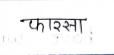
मजकूर: फारसा